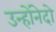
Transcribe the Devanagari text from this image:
उन्होंनेदो